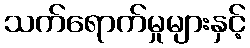
သက်ရောက်မှုများနှင့်